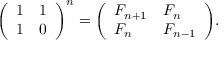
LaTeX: { \left( \begin{array} { l l } { 1 } & { 1 } \\ { 1 } & { 0 } \end{array} \right) } ^ { n } = { \left( \begin{array} { l l } { F _ { n + 1 } } & { F _ { n } } \\ { F _ { n } } & { F _ { n - 1 } } \end{array} \right) } .